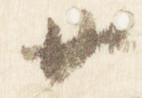
廿